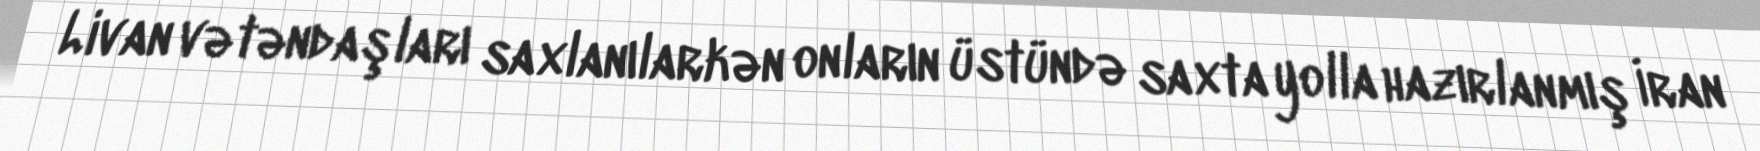
Livan vətəndaşları saxlanılarkən onların üstündə saxta yolla hazırlanmış İran